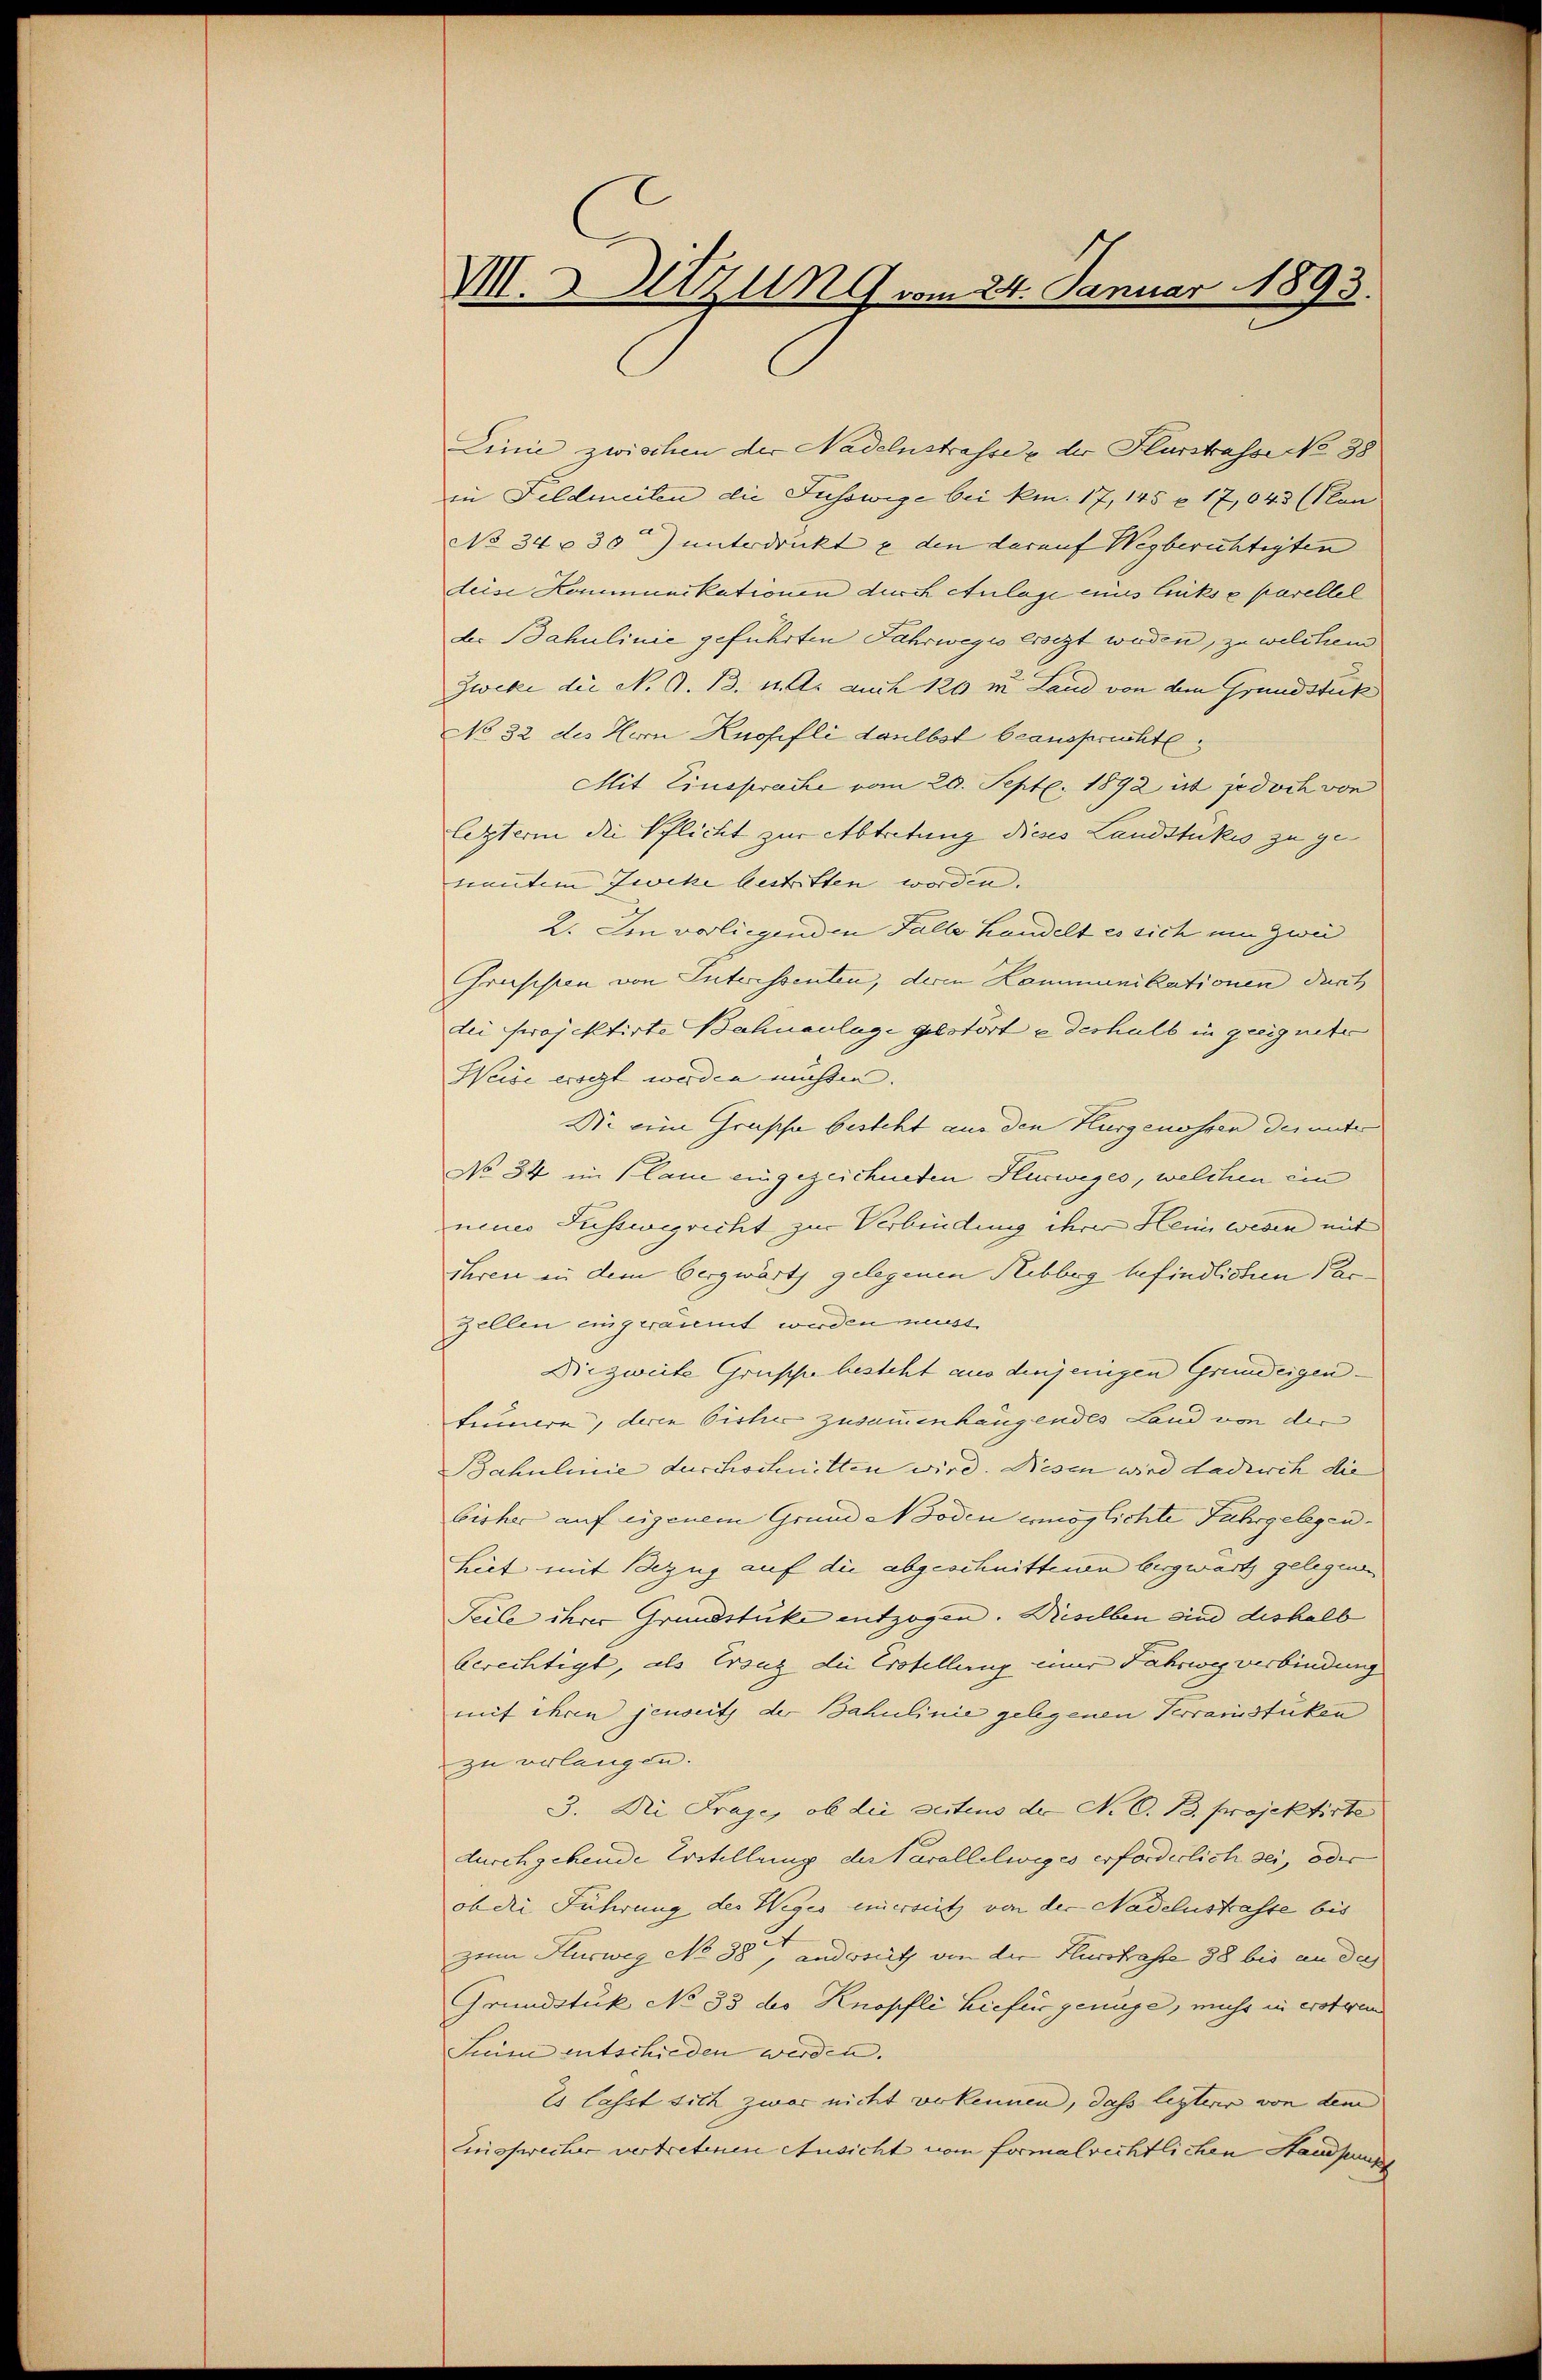
VI. 3. Sitzung vom 24. Januar 1893.

Linie zwischen der Nadelnstrasse & der Hlurstrasse No 38
in Feldmeilen die Fusswege bei km. 17, 145 x 17, 643 (Plon
No 34. 30) unterdrückt u den darauf Wegberichtigten |
deise Kommunikationen durch Anlage eines linkse parellel
der Bahulinie geführten Jahrwegio ersezt worden, zu welchem
Zweke die N. O. Bd. 11. A. auch 120 in Land von dem Grundstück
No 32 des Herrn Knopfli daselbst beanspruchte
Mit Einsprache vom 20. Sept. 1892 ist jedoch von
leztern die Pflicht zur Abtretung dieses Landstukis zu gesiantem Zwecke bestritten worden.
2. In vorliegenden Falle Landelt es sich um zwei
Gresisten von Interessenten, deren Kommunikationen durch
dei projektirte Bahnanlage gestört u deshalb in geeigneter
Weise ersezt werden müßten.
Die eine Gruss besteht aus den Hurgenossen der unter
No 34 im Plane eingezeichneten Flurweges, welchen ein
nenes Fusswegrecht zur Verbindung ihrer Heimwesen mit
ihren in dem Bergwärts gelegenen Ribbog befindlichen Pac¬
Zellen eingeräumt werden muss
Diezweite Gruss besteht aus denjenigen Grundeigen¬
Fernern, deren bisher zusammenhängendes Land von der
Bahulinie durchschnitten wird. Diesen wird dadurch die
bisher auf eigenem Grund Noden ermöglichte Fuhrgelegenhiet mit Bezug auf die abgeschnittenen bergwarts gelegenen
Seile ihrer Grundstüke entzogen. Dieselben sind deshalb
berechtigt, als Ersatz die Erstellung einer Fahrweg verbindung
mit ihren jenseits der Bahulinie gelegenen Verrainstüken
zu verlangen.
3. Die Frage, ob die Seitens der N. O. B. projektirte
durchgehende Erstellung der Parallelwiges erforderlich sei, oder
ob die Führung des Weges einersetz von der Nadelustraste bis
zum Flurweg No 38, andersetz von der Flurstrasse 38 bis an der
Grundstuk No 33 des Knopfli Liefe genüge, mehr in erstren
Seine entschieden werden.
Es lasst sich zwar nicht verkennen, dass legterer von dem
Einofwecher vertretenen Ansicht vom formalrichtlichen Standpundt